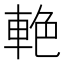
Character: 𨋭